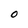
Character: O